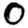
Digit: 0